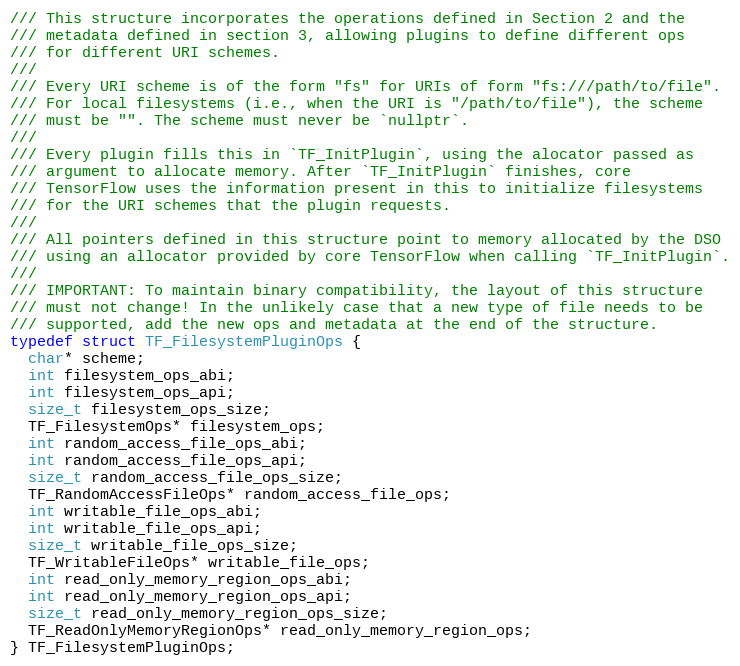
Language: C
/// This structure incorporates the operations defined in Section 2 and the
/// metadata defined in section 3, allowing plugins to define different ops
/// for different URI schemes.
///
/// Every URI scheme is of the form "fs" for URIs of form "fs:///path/to/file".
/// For local filesystems (i.e., when the URI is "/path/to/file"), the scheme
/// must be "". The scheme must never be `nullptr`.
///
/// Every plugin fills this in `TF_InitPlugin`, using the alocator passed as
/// argument to allocate memory. After `TF_InitPlugin` finishes, core
/// TensorFlow uses the information present in this to initialize filesystems
/// for the URI schemes that the plugin requests.
///
/// All pointers defined in this structure point to memory allocated by the DSO
/// using an allocator provided by core TensorFlow when calling `TF_InitPlugin`.
///
/// IMPORTANT: To maintain binary compatibility, the layout of this structure
/// must not change! In the unlikely case that a new type of file needs to be
/// supported, add the new ops and metadata at the end of the structure.
typedef struct TF_FilesystemPluginOps {
  char* scheme;
  int filesystem_ops_abi;
  int filesystem_ops_api;
  size_t filesystem_ops_size;
  TF_FilesystemOps* filesystem_ops;
  int random_access_file_ops_abi;
  int random_access_file_ops_api;
  size_t random_access_file_ops_size;
  TF_RandomAccessFileOps* random_access_file_ops;
  int writable_file_ops_abi;
  int writable_file_ops_api;
  size_t writable_file_ops_size;
  TF_WritableFileOps* writable_file_ops;
  int read_only_memory_region_ops_abi;
  int read_only_memory_region_ops_api;
  size_t read_only_memory_region_ops_size;
  TF_ReadOnlyMemoryRegionOps* read_only_memory_region_ops;
} TF_FilesystemPluginOps;